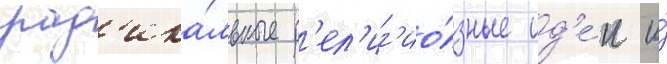
рад'ика́льные р'ел'иг'ио́зные ид'е́и и́